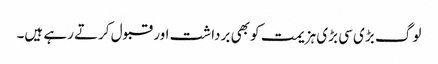
لوگ بڑی سی بڑی ہزیمت کو بھی برداشت اور قبول کرتے رہے ہیں۔